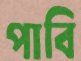
পাবি